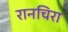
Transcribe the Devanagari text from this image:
रानचिरा